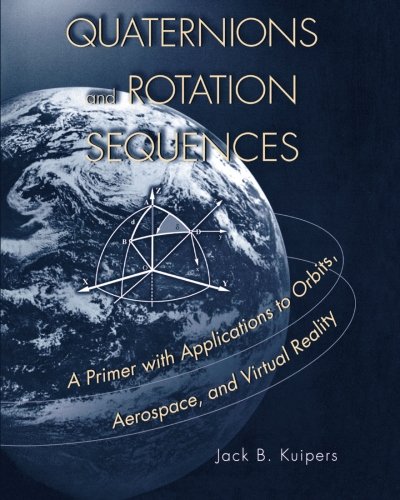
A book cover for Quaternions and Rotation Sequences: A Primer with Applications to Orbits, Aerospace and Virtual Reality; J. B. Kuipers; Science & Math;